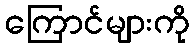
ကြောင်များကို